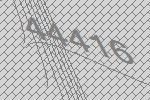
44416